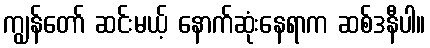
ကျွန်တော် ဆင်းမယ့် နောက်ဆုံးနေရာက ဆစ်ဒနီပါ။